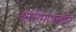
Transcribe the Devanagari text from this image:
ऑरोमायसीन